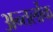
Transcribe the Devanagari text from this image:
अन्तर्लोक